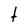
Character: t